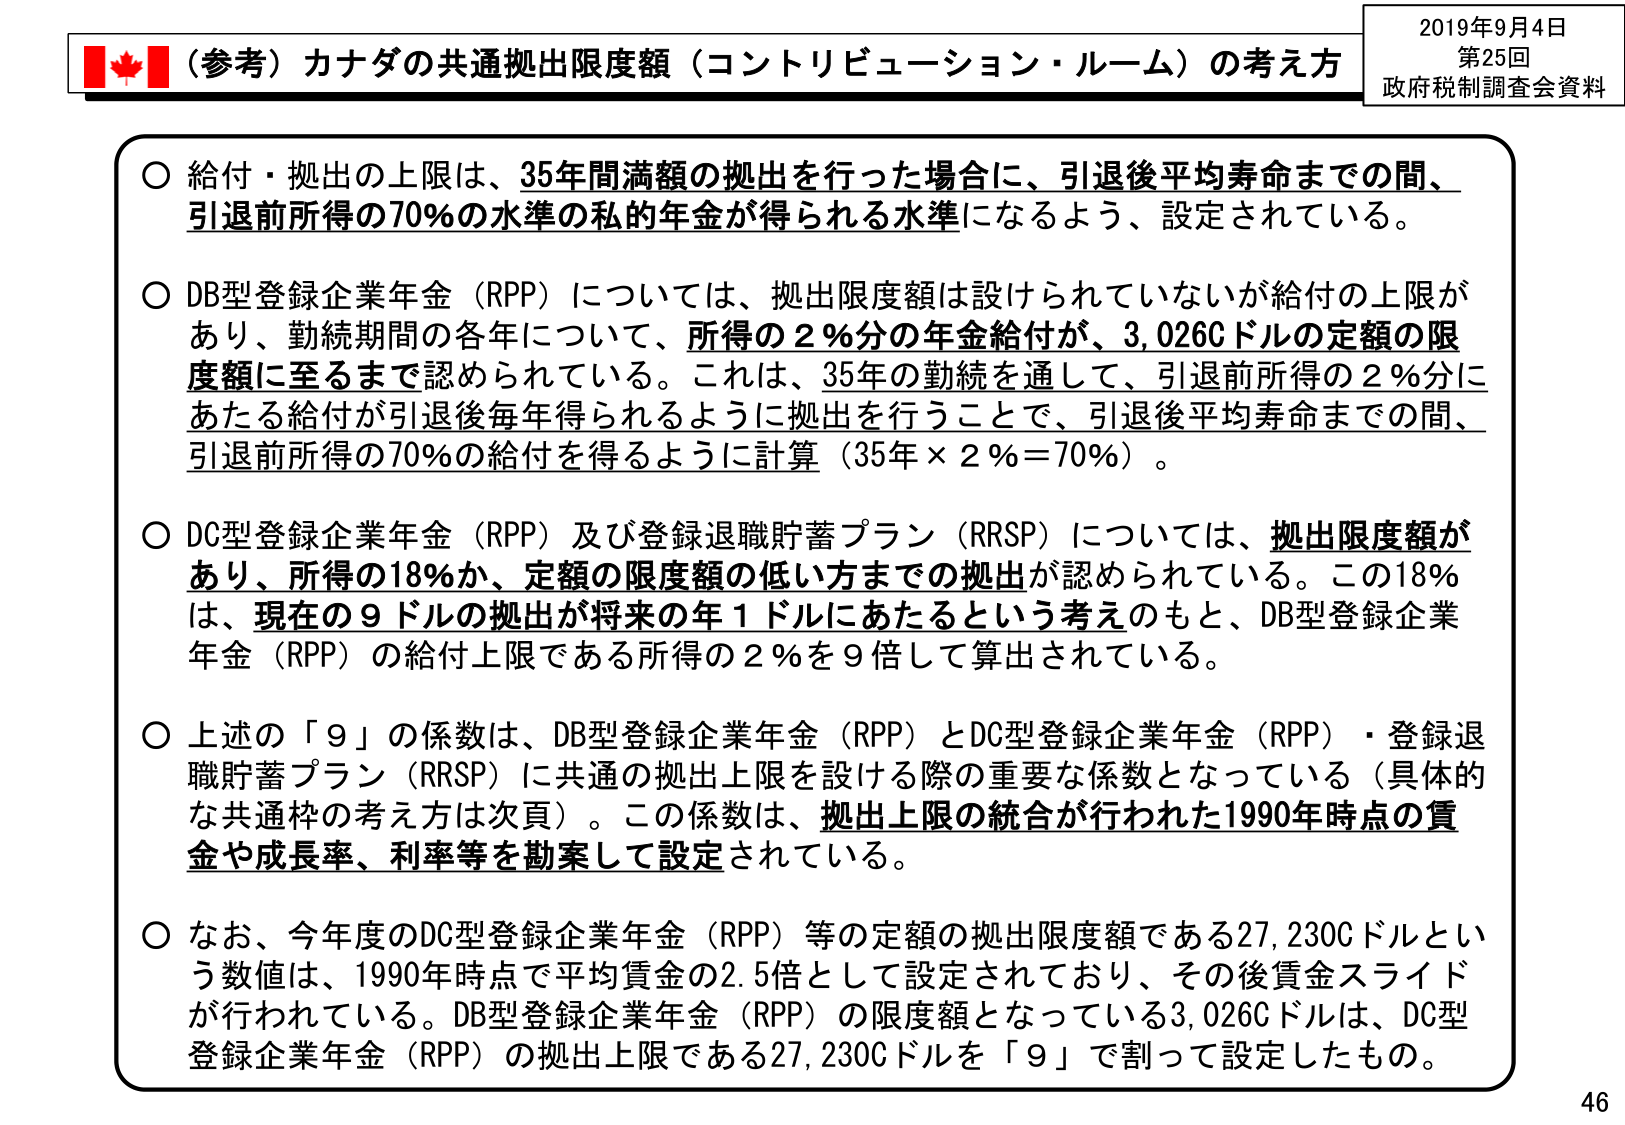
2019年9月4日
第25回
政府税制調査会資料

（参考）カナダの共通拠出限度額（コントリビューション・ルーム）の考え方

○ 給付・拠出の上限は、35年間満額の拠出を行った場合に、引退後平均寿命までの間、引退前所得の70％の水準の私的年金が得られる水準になるよう、設定されている。

○ DB型登録企業年金（RPP）については、拠出限度額は設けられていないが給付の上限があり、勤続期間の各年について、所得の2％分の年金給付が、3,026Cドルの定額の限度額に至るまで認められている。これは、35年の勤続を通して、引退前所得の2％にあたる給付が引退後毎年得られるように拠出を行うことで、引退後平均寿命までの間、引退前所得の70％の給付を得るように計算（35年×2％＝70％）。

○ DC型登録企業年金（RPP）及び登録退職貯蓄プラン（RRSP）については、拠出限度額があり、所得の18％か、定額の限度額の低い方までの拠出が認められている。この18％は、現在の9ドルの拠出が将来の年1ドルにあたるという考えのもと、DB型登録企業年金（RPP）の給付上限である所得の2％を9倍して算出されている。

○ 上述の「9」の係数は、DB型登録企業年金（RPP）とDC型登録企業年金（RPP）・登録退職貯蓄プラン（RRSP）に共通の拠出上限を設ける際の重要な係数となっている（具体的な共通枠の考え方は次頁）。この係数は、拠出上限の統合が行われた1990年時点の賃金や成長率、利率等を勘案して設定されている。

○ なお、今年度のDC型登録企業年金（RPP）等の定額の拠出限度額である27,230Cドルという数値は、1990年時点で平均賃金の2.5倍として設定されており、その後賃金スライドが行われている。DB型登録企業年金（RPP）の限度額となっている3,026Cドルは、DC型登録企業年金（RPP）の拠出上限である27,230Cドルを「9」で割って設定したもの。

46